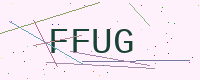
Text: FFUG